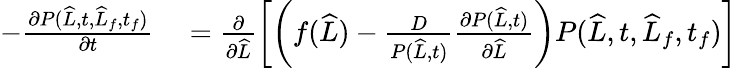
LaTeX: \begin{array}{rl}{-\frac{\partial P(\widehat{L},t,\widehat{L}_{f},t_{f})}{\partial t}}&{{}=\frac{\partial}{\partial\widehat{L}}\left[\left(f(\widehat{L})-\frac{D}{P(\widehat{L},t)}\frac{\partial P(\widehat{L},t)}{\partial\widehat{L}}\right)P(\widehat{L},t,\widehat{L}_{f},t_{f})\right]}\end{array}